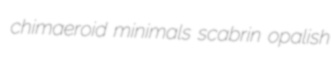
chimaeroid minimals scabrin opalish